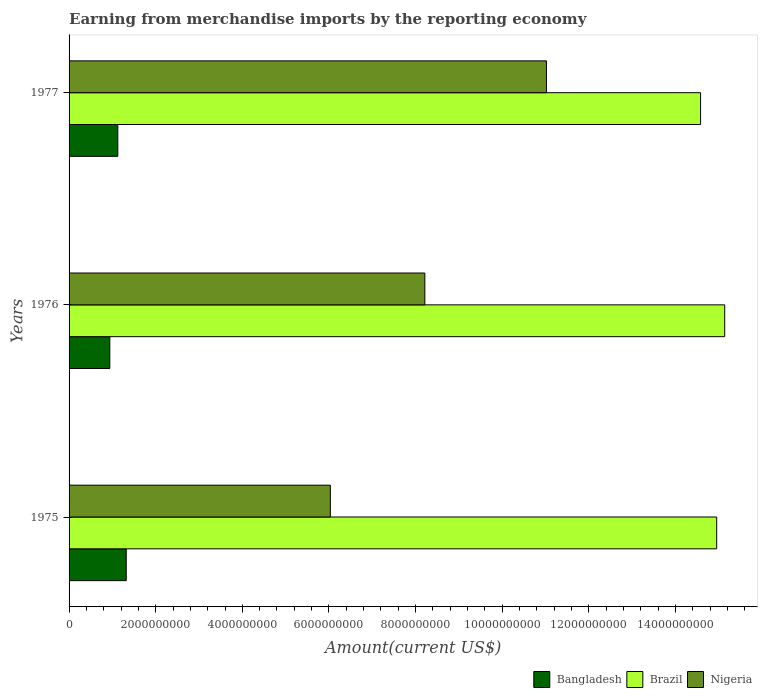
| Years | Bangladesh | Brazil | Nigeria |
 | --- | --- | --- | --- |
 | 1975 | 1.32e+09 | 1.5e+10 | 6.03e+09 |
 | 1976 | 9.4e+08 | 1.51e+10 | 8.21e+09 |
 | 1977 | 1.12e+09 | 1.46e+10 | 1.1e+10 |